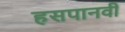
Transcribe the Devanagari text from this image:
हसपानवी